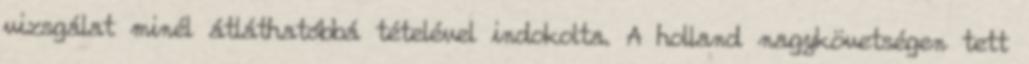
vizsgálat minél átláthatóbbá tételével indokolta. A holland nagykövetségen tett